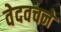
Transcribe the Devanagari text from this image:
वेदवचने